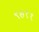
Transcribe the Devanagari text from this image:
९७११